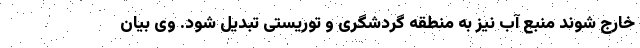
خارج شوند منبع آب نیز به منطقه گردشگری و توریستی تبدیل شود. وی بیان